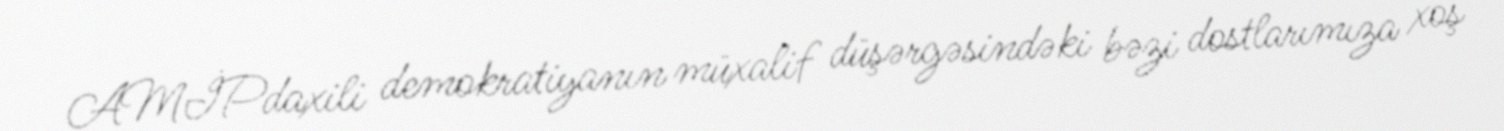
AMİPdaxili demokratiyanın müxalif düşərgəsindəki bəzi dostlarımıza xoş